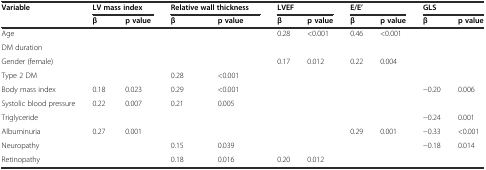
<table><thead><tr><td rowspan="2"><b>Variable</b></td><td colspan="2"><b>LV mass index</b></td><td colspan="2"><b>Relative wall thickness</b></td><td colspan="2"><b>LVEF</b></td><td colspan="2"><b>E/E’</b></td><td colspan="2"><b>GLS</b></td></tr><tr><td><b>β</b></td><td><b>p value</b></td><td><b>β</b></td><td><b>p value</b></td><td><b>β</b></td><td><b>p value</b></td><td><b>β</b></td><td><b>p value</b></td><td><b>β</b></td><td><b>p value</b></td></tr></thead><tbody><tr><td>Age</td><td></td><td></td><td></td><td></td><td>0.28</td><td>&lt;0.001</td><td>0.46</td><td>&lt;0.001</td><td></td><td></td></tr><tr><td>DM duration</td><td></td><td></td><td></td><td></td><td></td><td></td><td></td><td></td><td></td><td></td></tr><tr><td>Gender (female)</td><td></td><td></td><td></td><td></td><td>0.17</td><td>0.012</td><td>0.22</td><td>0.004</td><td></td><td></td></tr><tr><td>Type 2 DM</td><td></td><td></td><td>0.28</td><td>&lt;0.001</td><td></td><td></td><td></td><td></td><td></td><td></td></tr><tr><td>Body mass index</td><td>0.18</td><td>0.023</td><td>0.29</td><td>&lt;0.001</td><td></td><td></td><td></td><td></td><td>−0.20</td><td>0.006</td></tr><tr><td>Systolic blood pressure</td><td>0.22</td><td>0.007</td><td>0.21</td><td>0.005</td><td></td><td></td><td></td><td></td><td></td><td></td></tr><tr><td>Triglyceride</td><td></td><td></td><td></td><td></td><td></td><td></td><td></td><td></td><td>−0.24</td><td>0.001</td></tr><tr><td>Albuminuria</td><td>0.27</td><td>0.001</td><td></td><td></td><td></td><td></td><td>0.29</td><td>0.001</td><td>−0.33</td><td>&lt;0.001</td></tr><tr><td>Neuropathy</td><td></td><td></td><td>0.15</td><td>0.039</td><td></td><td></td><td></td><td></td><td>−0.18</td><td>0.014</td></tr><tr><td>Retinopathy</td><td></td><td></td><td>0.18</td><td>0.016</td><td>0.20</td><td>0.012</td><td></td><td></td><td></td><td></td></tr></tbody></table>